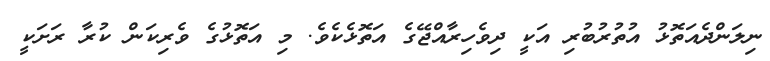
ނިލަންދެއަތޮޅު އުތުރުބުރި އަކީ ދިވެހިރާއްޖޭގެ އަތޮޅެކެވެ. މި އަތޮޅުގެ ވެރިކަން ކުރާ ރަށަކީ